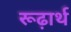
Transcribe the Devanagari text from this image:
रूढ़ार्थ